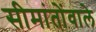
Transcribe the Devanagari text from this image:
सीमांतोंवाले